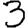
Digit: 3